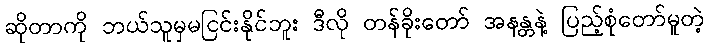
ဆိုတာကို ဘယ်သူမှမငြင်းနိုင်ဘူး ဒီလို တန်ခိုးတော် အနန္တနဲ့ ပြည့်စုံတော်မူတဲ့